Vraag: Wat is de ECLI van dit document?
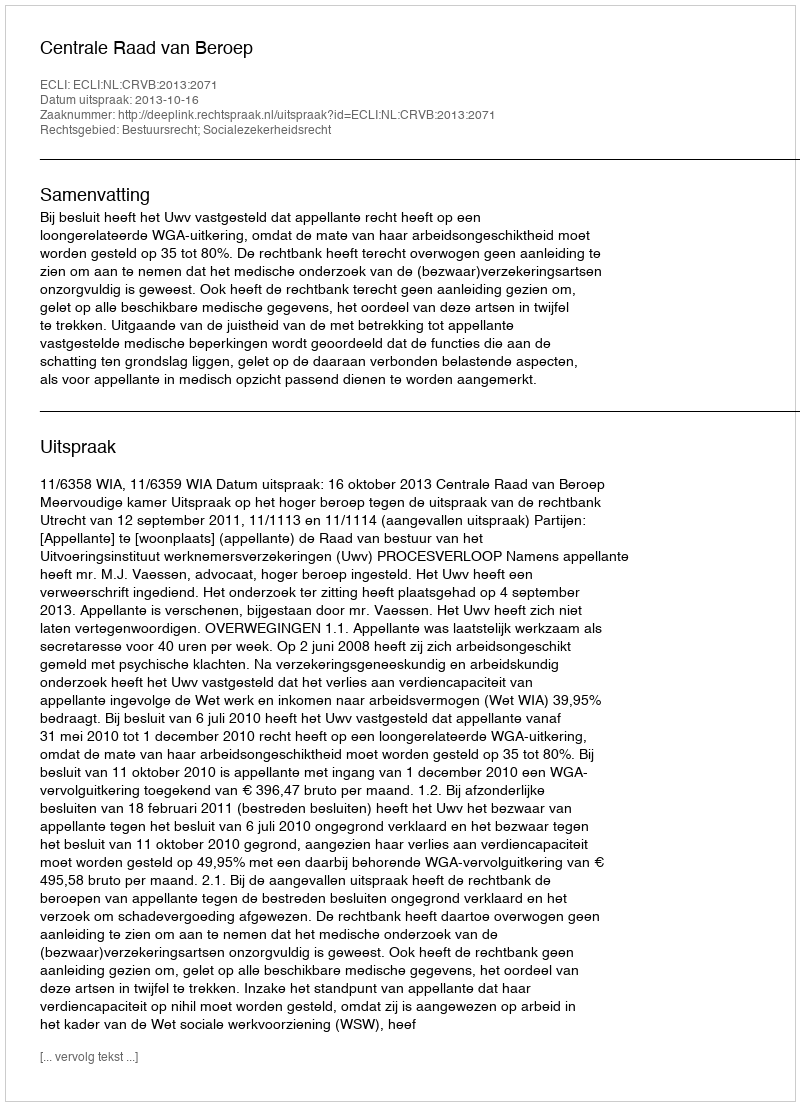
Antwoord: ECLI:NL:CRVB:2013:2071